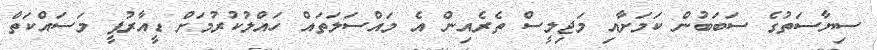
ސިޔާސަތުގެ ސަބަބުން ކަމަށާއި މަޖިލީސް ތެރެއިން އެ މައްސަލަތައް ހައްލުކުރުމަށް ޑީއާރުޕީ މަސައްކަތް